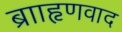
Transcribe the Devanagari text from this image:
ब्रााहृणवाद